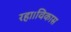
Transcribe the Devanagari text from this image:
रहा।विकास